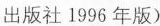
出版社1996年版)